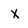
Character: x